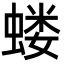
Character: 蝼